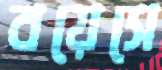
বয়েসে